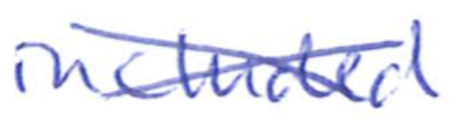
Text: included
Cross-out: cross
Writing tool: ballpoint